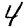
Digit: 4